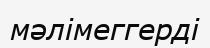
мәлімеггерді